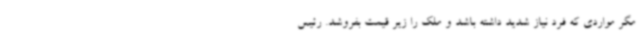
مگر مواردی که فرد نیاز شدید داشته باشد و ملک را زیر قیمت بفروشد. رئیس